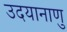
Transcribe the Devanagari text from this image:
उदयानाणु